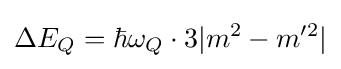
\Delta E_{Q}=\hbar \omega _{Q}\cdot 3|m^{2}-m'^{2}|